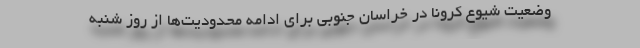
وضعیت شیوع کرونا در خراسان جنوبی برای ادامه محدودیت‌ها از روز شنبه